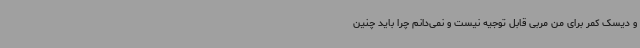
و دیسک کمر برای من مربی قابل توجیه نیست و نمی‌دانم چرا باید چنین